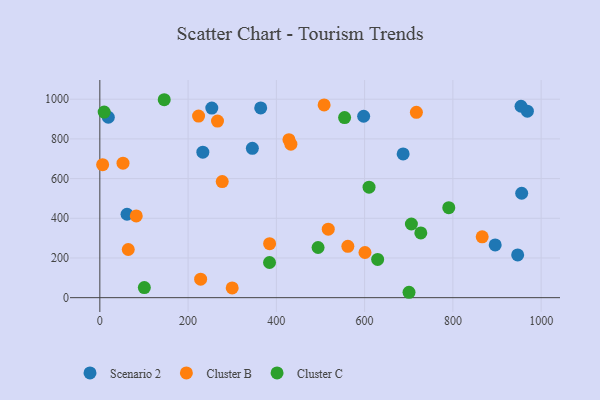
{"axis": {"x": "Speed", "y": "Rating"}, "legend": ["Cluster B", "Cluster C", "Scenario 2"], "data": [{"x": "946.8", "y": 215.2, "type": "Scenario 2"}, {"x": "233.4", "y": 733.3, "type": "Scenario 2"}, {"x": "895.9", "y": 265.9, "type": "Scenario 2"}, {"x": "253.7", "y": 955.1, "type": "Scenario 2"}, {"x": "968.8", "y": 939.9, "type": "Scenario 2"}, {"x": "345.6", "y": 752.6, "type": "Scenario 2"}, {"x": "955.9", "y": 526.1, "type": "Scenario 2"}, {"x": "687.3", "y": 724.5, "type": "Scenario 2"}, {"x": "19.2", "y": 909.0, "type": "Scenario 2"}, {"x": "364.5", "y": 956.0, "type": "Scenario 2"}, {"x": "61.6", "y": 420.3, "type": "Scenario 2"}, {"x": "954.4", "y": 964.4, "type": "Scenario 2"}, {"x": "597.8", "y": 914.2, "type": "Scenario 2"}, {"x": "223.7", "y": 914.8, "type": "Cluster B"}, {"x": "228.4", "y": 93.3, "type": "Cluster B"}, {"x": "517.6", "y": 345.0, "type": "Cluster B"}, {"x": "432.9", "y": 773.3, "type": "Cluster B"}, {"x": "64.4", "y": 242.8, "type": "Cluster B"}, {"x": "6.3", "y": 670.1, "type": "Cluster B"}, {"x": "717.3", "y": 933.8, "type": "Cluster B"}, {"x": "600.8", "y": 227.6, "type": "Cluster B"}, {"x": "299.9", "y": 49.3, "type": "Cluster B"}, {"x": "277.3", "y": 585.0, "type": "Cluster B"}, {"x": "266.6", "y": 889.9, "type": "Cluster B"}, {"x": "428.5", "y": 796.2, "type": "Cluster B"}, {"x": "384.7", "y": 272.3, "type": "Cluster B"}, {"x": "866.4", "y": 306.4, "type": "Cluster B"}, {"x": "82.5", "y": 412.0, "type": "Cluster B"}, {"x": "508.2", "y": 971.3, "type": "Cluster B"}, {"x": "52.5", "y": 677.7, "type": "Cluster B"}, {"x": "562.0", "y": 258.9, "type": "Cluster B"}, {"x": "790.7", "y": 453.7, "type": "Cluster C"}, {"x": "554.6", "y": 907.5, "type": "Cluster C"}, {"x": "384.5", "y": 177.3, "type": "Cluster C"}, {"x": "145.9", "y": 997.4, "type": "Cluster C"}, {"x": "700.6", "y": 27.2, "type": "Cluster C"}, {"x": "706.0", "y": 371.2, "type": "Cluster C"}, {"x": "100.8", "y": 51.0, "type": "Cluster C"}, {"x": "9.8", "y": 935.3, "type": "Cluster C"}, {"x": "727.3", "y": 326.0, "type": "Cluster C"}, {"x": "610.0", "y": 556.6, "type": "Cluster C"}, {"x": "494.5", "y": 252.7, "type": "Cluster C"}, {"x": "629.5", "y": 192.6, "type": "Cluster C"}]}